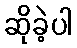
ဆိုခဲ့ပါ